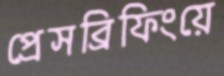
প্রেসব্রিফিংয়ে